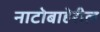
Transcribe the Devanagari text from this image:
नाटोबाहेरील